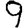
Digit: 9